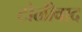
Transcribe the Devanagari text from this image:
टोळीवाद